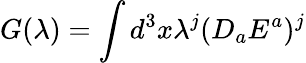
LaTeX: G(\lambda)=\int d^{3}x\lambda^{j}(D_{a}E^{a})^{j}